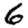
Digit: 6